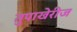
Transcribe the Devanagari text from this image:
तुपाखेरीज